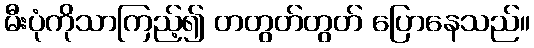
မီးပုံကိုသာကြည့်၍ တတွတ်တွတ် ပြောနေသည်။